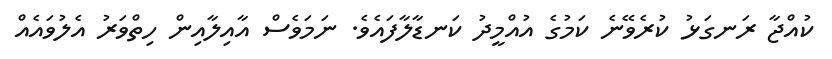
ކުއްޖާ ރަނގަޅު ކުރެވޭނެ ކަމުގެ އުއްމީދު ކަނޑާލާފައެވެ. ނަމަވެސް އާއިލާއިން ހިތްވަރު އެލުވައެއް